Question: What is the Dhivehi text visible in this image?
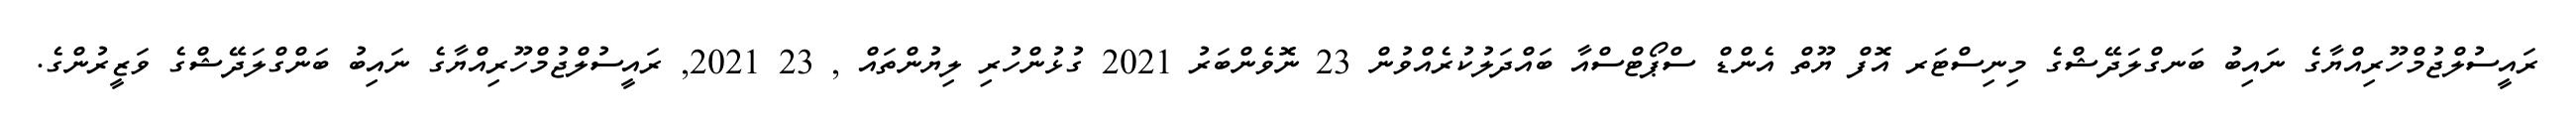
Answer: ރައީސުލްޖުމްހޫރިއްޔާގެ ނައިބު ބަނގްލަދޭޝްގެ މިނިސްޓަރ އޮފް ޔޫތް އެންޑް ސްޕޯޓްސްއާ ބައްދަލުކުރެއްވުން 23 ނޮވެންބަރު 2021 ގުޅުންހުރި ލިޔުންތައް , 23 2021, ރައީސުލްޖުމްހޫރިއްޔާގެ ނައިބު ބަންގްލަދޭޝްގެ ވަޒީރުންގެ.